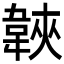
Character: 𩎱